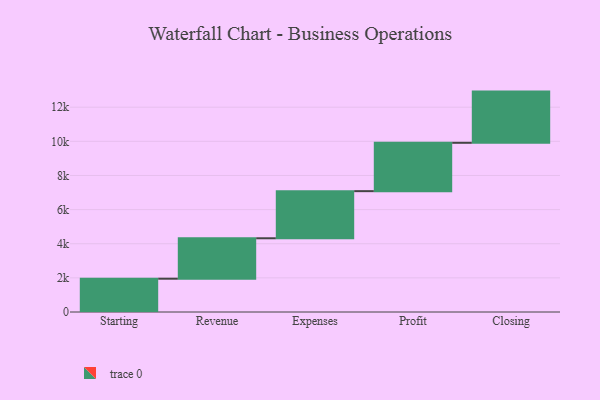
{"axis": {"x": "Step", "y": "Value"}, "legend": [""], "data": [{"x": "Starting", "y": 1951.0, "type": ""}, {"x": "Revenue", "y": 2369.0, "type": ""}, {"x": "Expenses", "y": 2761.0, "type": ""}, {"x": "Profit", "y": 2833.0, "type": ""}, {"x": "Closing", "y": 3000, "type": ""}]}